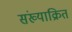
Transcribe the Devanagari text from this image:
संख्याक्रित